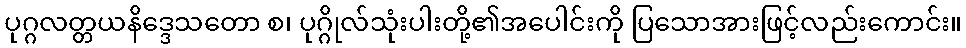
ပုဂ္ဂလတ္တယနိဒ္ဒေသတော စ၊ ပုဂ္ဂိုလ်သုံးပါးတို့၏အပေါင်းကို ပြသောအားဖြင့်လည်းကောင်း။